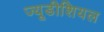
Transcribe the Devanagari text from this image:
ज्यूडीशियल